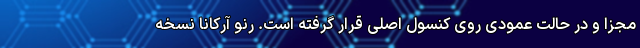
مجزا و در حالت عمودی روی کنسول اصلی قرار گرفته است. رنو آرکانا نسخه